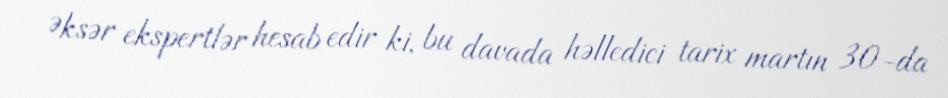
Əksər ekspertlər hesab edir ki, bu davada həlledici tarix martın 30-da